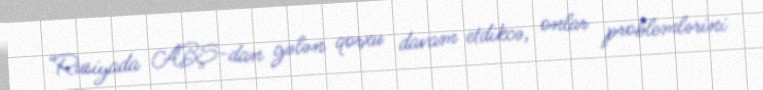
“Rusiyada ABŞ-dan gələn qorxu davam etdikcə, onlar problemlərini